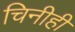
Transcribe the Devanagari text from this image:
चिनीही